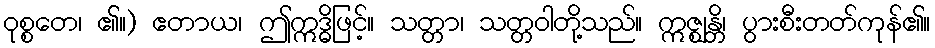
ဝုစ္စတေ၊ ၏။) ဧတာယ၊ ဤဣဒ္ဓိဖြင့်။ သတ္တာ၊ သတ္တဝါတို့သည်။ ဣဇ္ဈန္တိ၊ ပွားစီးတတ်ကုန်၏။